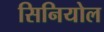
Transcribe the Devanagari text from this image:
सिनियोल